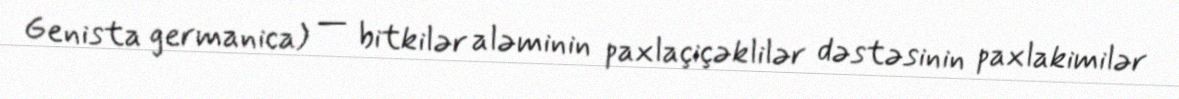
Genista germanica) — bitkilər aləminin paxlaçiçəklilər dəstəsinin paxlakimilər